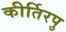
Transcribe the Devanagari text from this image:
कीर्तिरपु